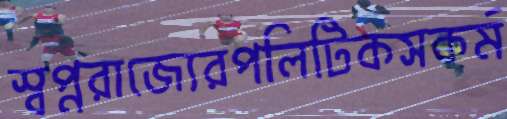
স্বপ্নরাজ্যেরপলিটিকসকর্ম